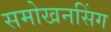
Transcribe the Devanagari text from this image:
समोखनसिंग